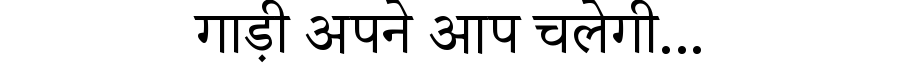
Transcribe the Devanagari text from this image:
गाड़ी अपने आप चलेगी...